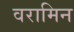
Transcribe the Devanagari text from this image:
वरामिन